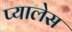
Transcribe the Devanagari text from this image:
प्यालेस